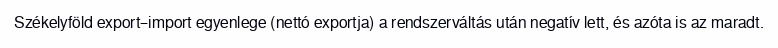
Székelyföld export–import egyenlege (nettó exportja) a rendszerváltás után negatív lett, és azóta is az maradt.